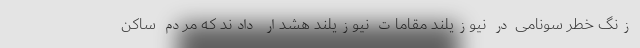
زنگ خطر سونامی در نیوزیلند مقامات نیوزیلند هشدار دادند که مردم ساکن